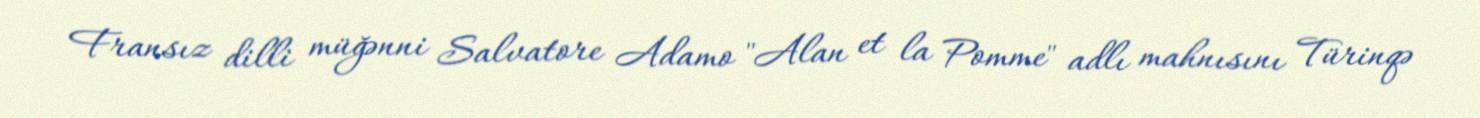
Fransız dilli müğənni Salvatore Adamo "Alan et la Pomme" adlı mahnısını Türinqə